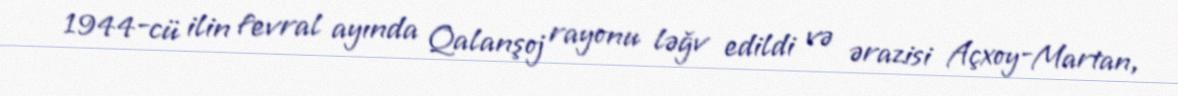
1944-cü ilin fevral ayında Qalanşoj rayonu ləğv edildi və ərazisi Açxoy-Martan,